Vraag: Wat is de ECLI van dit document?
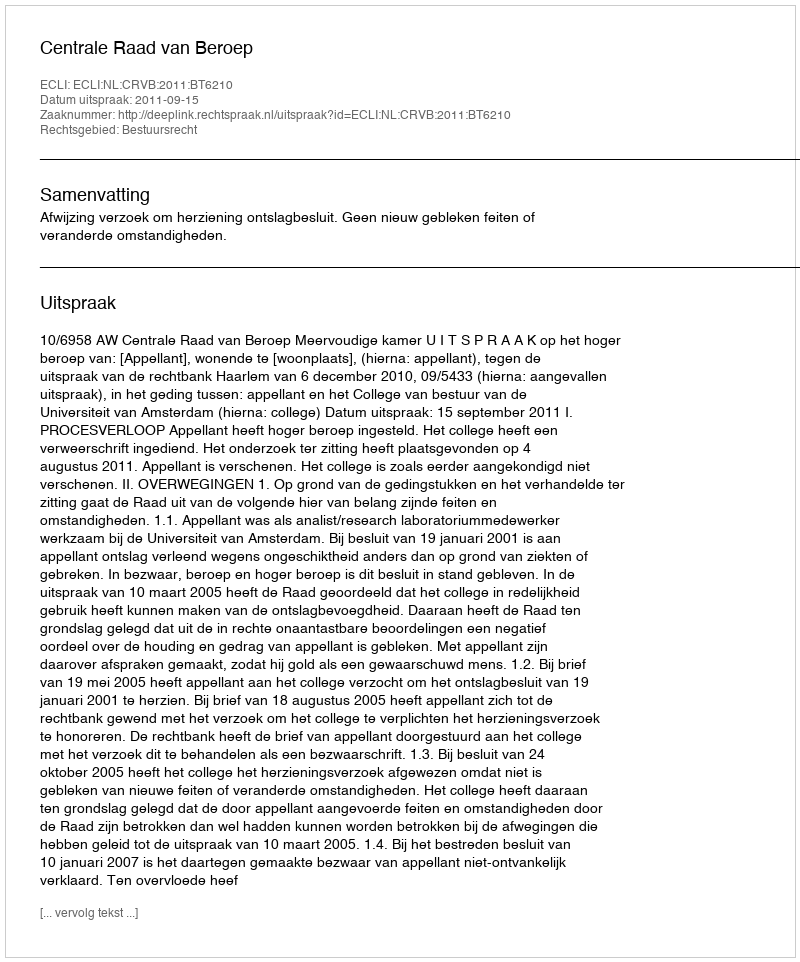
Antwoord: ECLI:NL:CRVB:2011:BT6210